Indian journal of veterinary science and animal husbandry - Volumes 15-17, 1948-1951
Year: 1948
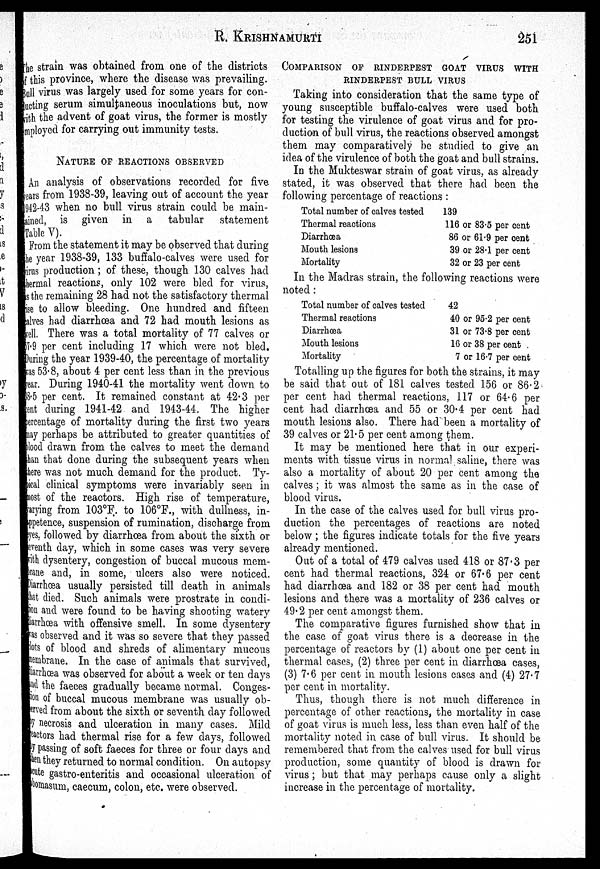
R.
KRISHNAMURTI
251
The strain was obtained from one of the districts
of this province, where the disease was prevailing.
Bull virus was largely used for some years for con-
ducting serum simultaneous inoculations but, now
with the advent of goat virus, the former is mostly
employed for carrying out immunity tests.
NATURE OF REACTION OBERVED
An analysis of observations recorded for five
years from 1938-39, leaving out of account the year
1942-43 when no bull virus strain could be main-
tained, is given in a tabular
statement
Table V).
From the statement it may be observed that during
the year 1938-39, 133 buffalo-calves were used for
virus production; of these, though 130 calves had
thermal reactions, only 102 were bled for virus,
is the remaining 28 had not the satisfactory thermal
rise to allow bleeding. One hundred and fifteen
calves had diarrhœa and 72 had mouth lesions as
well. There was a total mortality of 77 calves or
57-9 per cent including 17 which were not bled.
During the year 1939-40, the percentage of mortality
was 53.8, about 4 per cent less than in the previous
year. During 1940-41 the mortality went down to
38.5 per cent. It remained constant at 42.3 per
cent during 1941-42 and 1943-44. The higher
percentage of mortality during the first two years
may perhaps be attributed to greater quantities of
blood drawn from the calves to meet the demand
than that done during the subsequent years when
there was not much demand for the product. Ty-
pical clinical symptoms were invariably seen in
most of the reactors. High rise of temperature,
sarying from 103°F. to 106°F., with dullness, in-
appetence, suspension of rumination, discharge from
eyes, followed by diarrhæa from about the sixth or
seventh day, which in some cases was very severe
with dysentery, congestion of buccal mucous mem-
brane and, in some, ulcers also were noticed.
Diarrhœa usually persisted till death in animals
that died. Such animals were prostrate in condi-
t i on and were found to be having shooting watery
Hiarrhœa with offensive smell. In some dysentery
as observed and it was so severe that they passed
lots of blood and shreds of alimentary mucous
membrane. In the case of animals that survived,
Hiarrhæa was observed for about a week or ten days
and the faeces gradually became normal. Conges-
tion of buccal mucous membrane was usually ob-
served from about the sixth or seventh day followed
by necrosis and ulceration in many cases. Mild
reactors had thermal rise for a few days, followed
by passing of soft faeces for three or four days and
then they returned to normal condition. On autopsy
cute gastro-enteritis and occasional ulceration of
bomasum, caecum, colon, etc. were observed.
COMPARISON OF RINDERPEST GOAT VIRUS WITH
RINDERPEST BULL VIRUS
Taking into consideration that the same type of
young susceptible buffalo-calves were used both
for testing the virulence of goat virus and for pro-
duction of bull virus, the reactions observed amongst
them may comparatively be studied to give an
idea of the virulence of both the goat and bull strains.
In the Mukteswar strain of goat virus, as already
stated, it was observed that there had been the
following percentage of reactions :
Total number of calves tested
Thermal reactions
Diarrhœa
Mouth lesions
Mortality
139
116 or 83.5 per cent
86 or 61.9 per cent
39 or 28.1 per cent
32 or 23 per cent
In the Madras strain, the following reactions were
noted :
Total number of calves tested
Thermal reactions
Diarrhœa
Mouth lesions
Mortality
42
40 or 95.2 per cent
31 or 73.8 per cent
16 or 38 per cent
7 or 16.7 per cent
Totalling up the figures for both the strains, it may
be said that out of 181 calves tested 156 or 86.2
per cent had thermal reactions, 117 or 64.6 per
cent had diarrhoea and 55 or 30.4 per cent had
mouth lesions also. There had been a mortality of
39 calves or 21.5 per cent among them.
It may be mentioned here that in our experi-
ments with tissue virus in normal saline, there was
also a mortality of about 20 per cent among the
calves ; it was almost the same as in the case of
blood virus.
In the case of the calves used for bull virus pro-
duction the percentages of reactions are noted
below; the figures indicate totals for the five years
already mentioned.
Out of a total of 479 calves used 418 or 87.3 per
cent had thermal reactions, 324 or 67.6 per cent
had diarrhœa and 182 or 38 per cent had mouth
lesions and there was a mortality of 236 calves or
49.2 per cent amongst them.
The comparative figures furnished show that in
the case of goat virus there is a decrease in the
percentage of reactors by (1) about one per cent in
thermal cases, (2) three per cent in diarrhœa cases,
(3) 7.6 per cent in mouth lesions cases and (4) 27.7
per cent in mortality.
Thus, though there is not much difference in
percentage of other reactions, the mortality in case
of goat virus is much less, less than even half of the
mortality noted in case of bull virus. It should be
remembered that from the calves used for bull virus
production, some quantity of blood is drawn for
virus ; but that may perhaps cause only a slight
increase in the percentage of mortality.